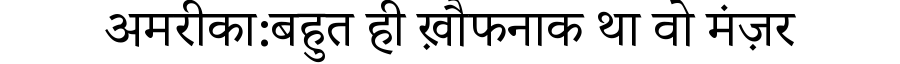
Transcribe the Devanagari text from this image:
अमरीका:बहुत ही ख़ौफनाक था वो मंज़र